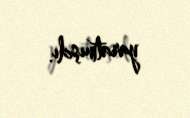
yaratmışdı.